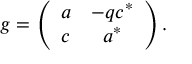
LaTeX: g = \left( \begin{array} { c c } { { a } } & { { - q c ^ { * } } } \\ { { c } } & { { a ^ { * } } } \end{array} \right) .